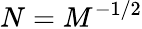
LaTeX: N=M^{-1/2}